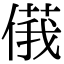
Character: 𠌾